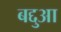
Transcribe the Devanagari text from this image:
बद्दुआ